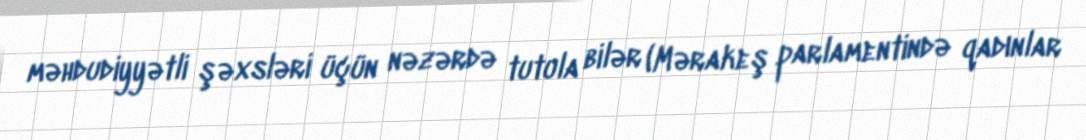
məhdudiyyətli şəxsləri üçün nəzərdə tutula bilər (Mərakeş parlamentində qadınlar